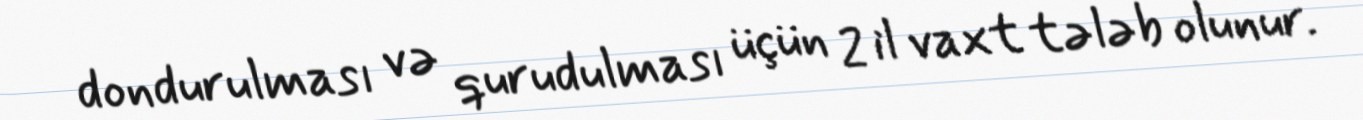
dondurulması və qurudulması üçün 2 il vaxt tələb olunur.